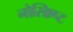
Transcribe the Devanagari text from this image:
नोस्क्रिप्ट